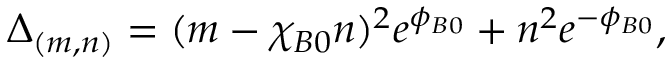
\Delta _ { ( m , n ) } = ( m - \chi _ { B 0 } n ) ^ { 2 } e ^ { \phi _ { B 0 } } + n ^ { 2 } e ^ { - \phi _ { B 0 } } ,